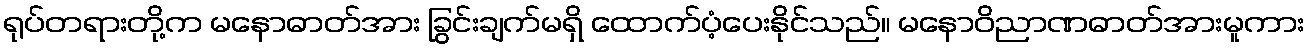
ရုပ်တရားတို့က မနောဓာတ်အား ခြွင်းချက်မရှိ ထောက်ပံ့ပေးနိုင်သည်။ မနောဝိညာဏဓာတ်အားမူကား